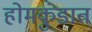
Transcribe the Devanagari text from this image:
होमकुंडात